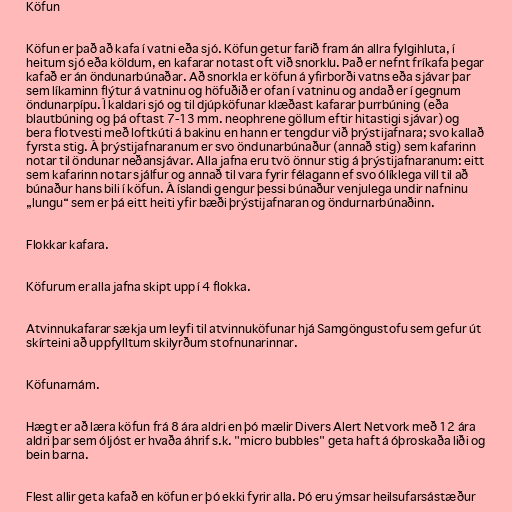
Köfun

Köfun er það að kafa í vatni eða sjó. Köfun getur farið fram án allra fylgihluta, í
heitum sjó eða köldum, en kafarar notast oft við snorklu. Það er nefnt fríkafa þegar
kafað er án öndunarbúnaðar. Að snorkla er köfun á yfirborði vatns eða sjávar þar
sem líkaminn flýtur á vatninu og höfuðið er ofan í vatninu og andað er í gegnum
öndunarpípu. Í kaldari sjó og til djúpköfunar klæðast kafarar þurrbúning (eða
blautbúning og þá oftast 7-13 mm. neophrene göllum eftir hitastigi sjávar) og
bera flotvesti með loftkúti á bakinu en hann er tengdur við þrýstijafnara; svo kallað
fyrsta stig. Á þrýstijafnaranum er svo öndunarbúnaður (annað stig) sem kafarinn
notar til öndunar neðansjávar. Alla jafna eru tvö önnur stig á þrýstijafnaranum: eitt
sem kafarinn notar sjálfur og annað til vara fyrir félagann ef svo ólíklega vill til að
búnaður hans bili í köfun. Á íslandi gengur þessi búnaður venjulega undir nafninu
„lungu“ sem er þá eitt heiti yfir bæði þrýstijafnaran og öndurnarbúnaðinn.

Flokkar kafara.

Köfurum er alla jafna skipt upp í 4 flokka.

Atvinnukafarar sækja um leyfi til atvinnuköfunar hjá Samgöngustofu sem gefur út
skírteini að uppfylltum skilyrðum stofnunarinnar.

Köfunarnám.

Hægt er að læra köfun frá 8 ára aldri en þó mælir Divers Alert Netvork með 12 ára
aldri þar sem óljóst er hvaða áhrif s.k. "micro bubbles" geta haft á óþroskaða liði og
bein barna.

Flest allir geta kafað en köfun er þó ekki fyrir alla. Þó eru ýmsar heilsufarsástæður